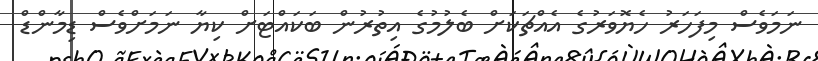
ނަމަވެސް މިފަހަރު ހެޔޮޮވަރުގެ އެއްޗަކަށް ބެލުމުގެ އިތުރުން ބަކައްޓަށް ކިޔާ ނަމަށްވެސް ޑިމާންޑް